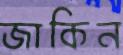
জাকিন